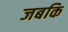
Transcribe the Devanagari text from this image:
जबकि